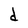
Character: d